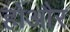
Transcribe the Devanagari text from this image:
होंऔर